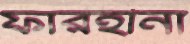
ফারহীনা